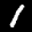
Label: 1